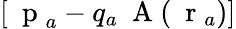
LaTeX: [\mathrm{~\mathbf~p~}_{a}-q_{a}\mathrm{~\mathbf~A~}(\mathrm{~\mathbf~r~}_{a})]